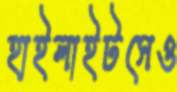
হাইলাইটসেও